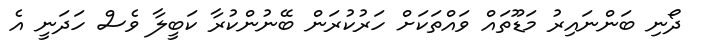
ދޯނި ބަންނައިރު މަޑޫތައް ވައްތަކަށް ހަރުކުރަން ބޭނުންކުރާ ކަބީލާ ވެސް ހަދަނީ އެ